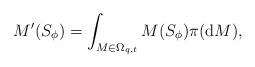
LaTeX: \begin{gather*}M'(S_{\phi}) = \int_{M\in\Omega_{q, t}}{M(S_{\phi}) \pi({\rm d}M)},\end{gather*}